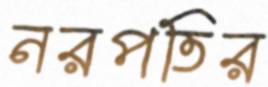
নরপতির